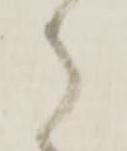
ら